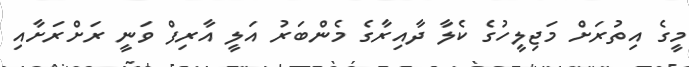
މީގެ އިތުރަށް މަޖިލީހުގެ ކެލާ ދާއިރާގެ މެންބަރު އަލީ އާރިފް ވަނީ ރަށްރަށާއި